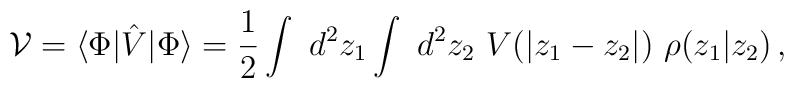
{\cal V} = \langle \Phi|\hat V |\Phi\rangle = \frac{1}{2} \int {\ d^2 z_1 } \int {\ d^2 z_2}~ V(|z_1-z_2|) ~ \rho (z_1 | z_2)\,,